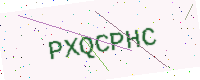
Text: PXQCPHC